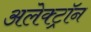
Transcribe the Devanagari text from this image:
अलेक्ट्रॉन